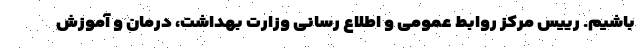
باشیم. رییس مرکز روابط عمومی و اطلاع رسانی وزارت بهداشت، درمان و آموزش